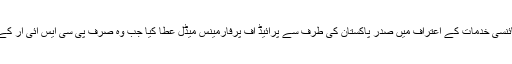
1966ء میں ڈاکٹر صدیقی کو ریٹائرمنٹ کے وقت ان کی سائنسی خدمات کے اعتراف میں صدر پاکستان کی طرف سے پرائیڈ آف پرفارمینس میڈل عطا کیا جب وہ صرف پی سی ایس آئی آر کے ڈائریکٹر اور چیئرمین کی حیثیت سے ہی کام کررہے تھے۔